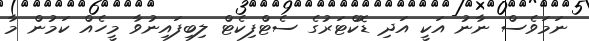
ނަމަވެސް ނާނު އަކީ އަދި ޑޮކްޓަރުގެ ސެޓްފިކެޓް ލިބިފައިނުވާ މީހެއް ކަމުން މާ